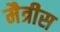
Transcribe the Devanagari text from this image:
मैत्रीस